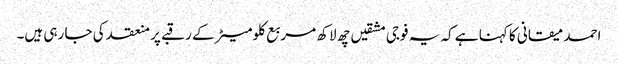
احمد میقانی کا کہنا ہے کہ یہ فوجی مشقیں چھ لاکھ مربع کلومیٹر کے رقبے پر منعقد کی جا رہی ہیں۔